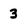
Character: 3